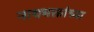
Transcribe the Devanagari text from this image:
नाथभक्तांच्या